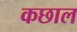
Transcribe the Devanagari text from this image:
कछाल